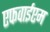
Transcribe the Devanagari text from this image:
एफवाईएम